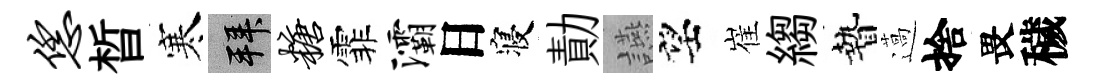
恁晳寒拜糖霏灞日寝勣讌望崔縐贄薖捨畏穢